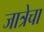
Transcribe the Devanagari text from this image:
जात्रेचा